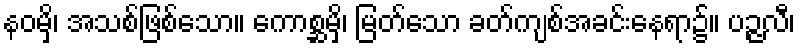
နဝမှိ၊ အသစ်ဖြစ်သော။ ကောစ္ဆမှိ၊ မြတ်သော ခတ်ကျစ်အခင်းနေရာ၌။ ပဉ္ဇလီ၊